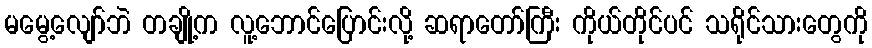
မမွေ့လျော်ဘဲ တချို့က လူ့ဘောင်ပြောင်းလို့ ဆရာတော်ကြီး ကိုယ်တိုင်ပင် သရိုင်သားတွေကို